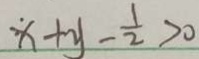
\dot { x } + y - \frac { 1 } { 2 } > 0